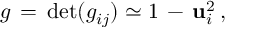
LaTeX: g \, = \, \operatorname * { d e t } ( g _ { i j } ) \simeq 1 \, - \, { \bf u } _ { i } ^ { 2 } \, { , }